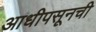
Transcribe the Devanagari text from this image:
आधीपसूनची